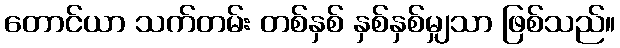
တောင်ယာ သက်တမ်း တစ်နှစ် နှစ်နှစ်မျှသာ ဖြစ်သည်။